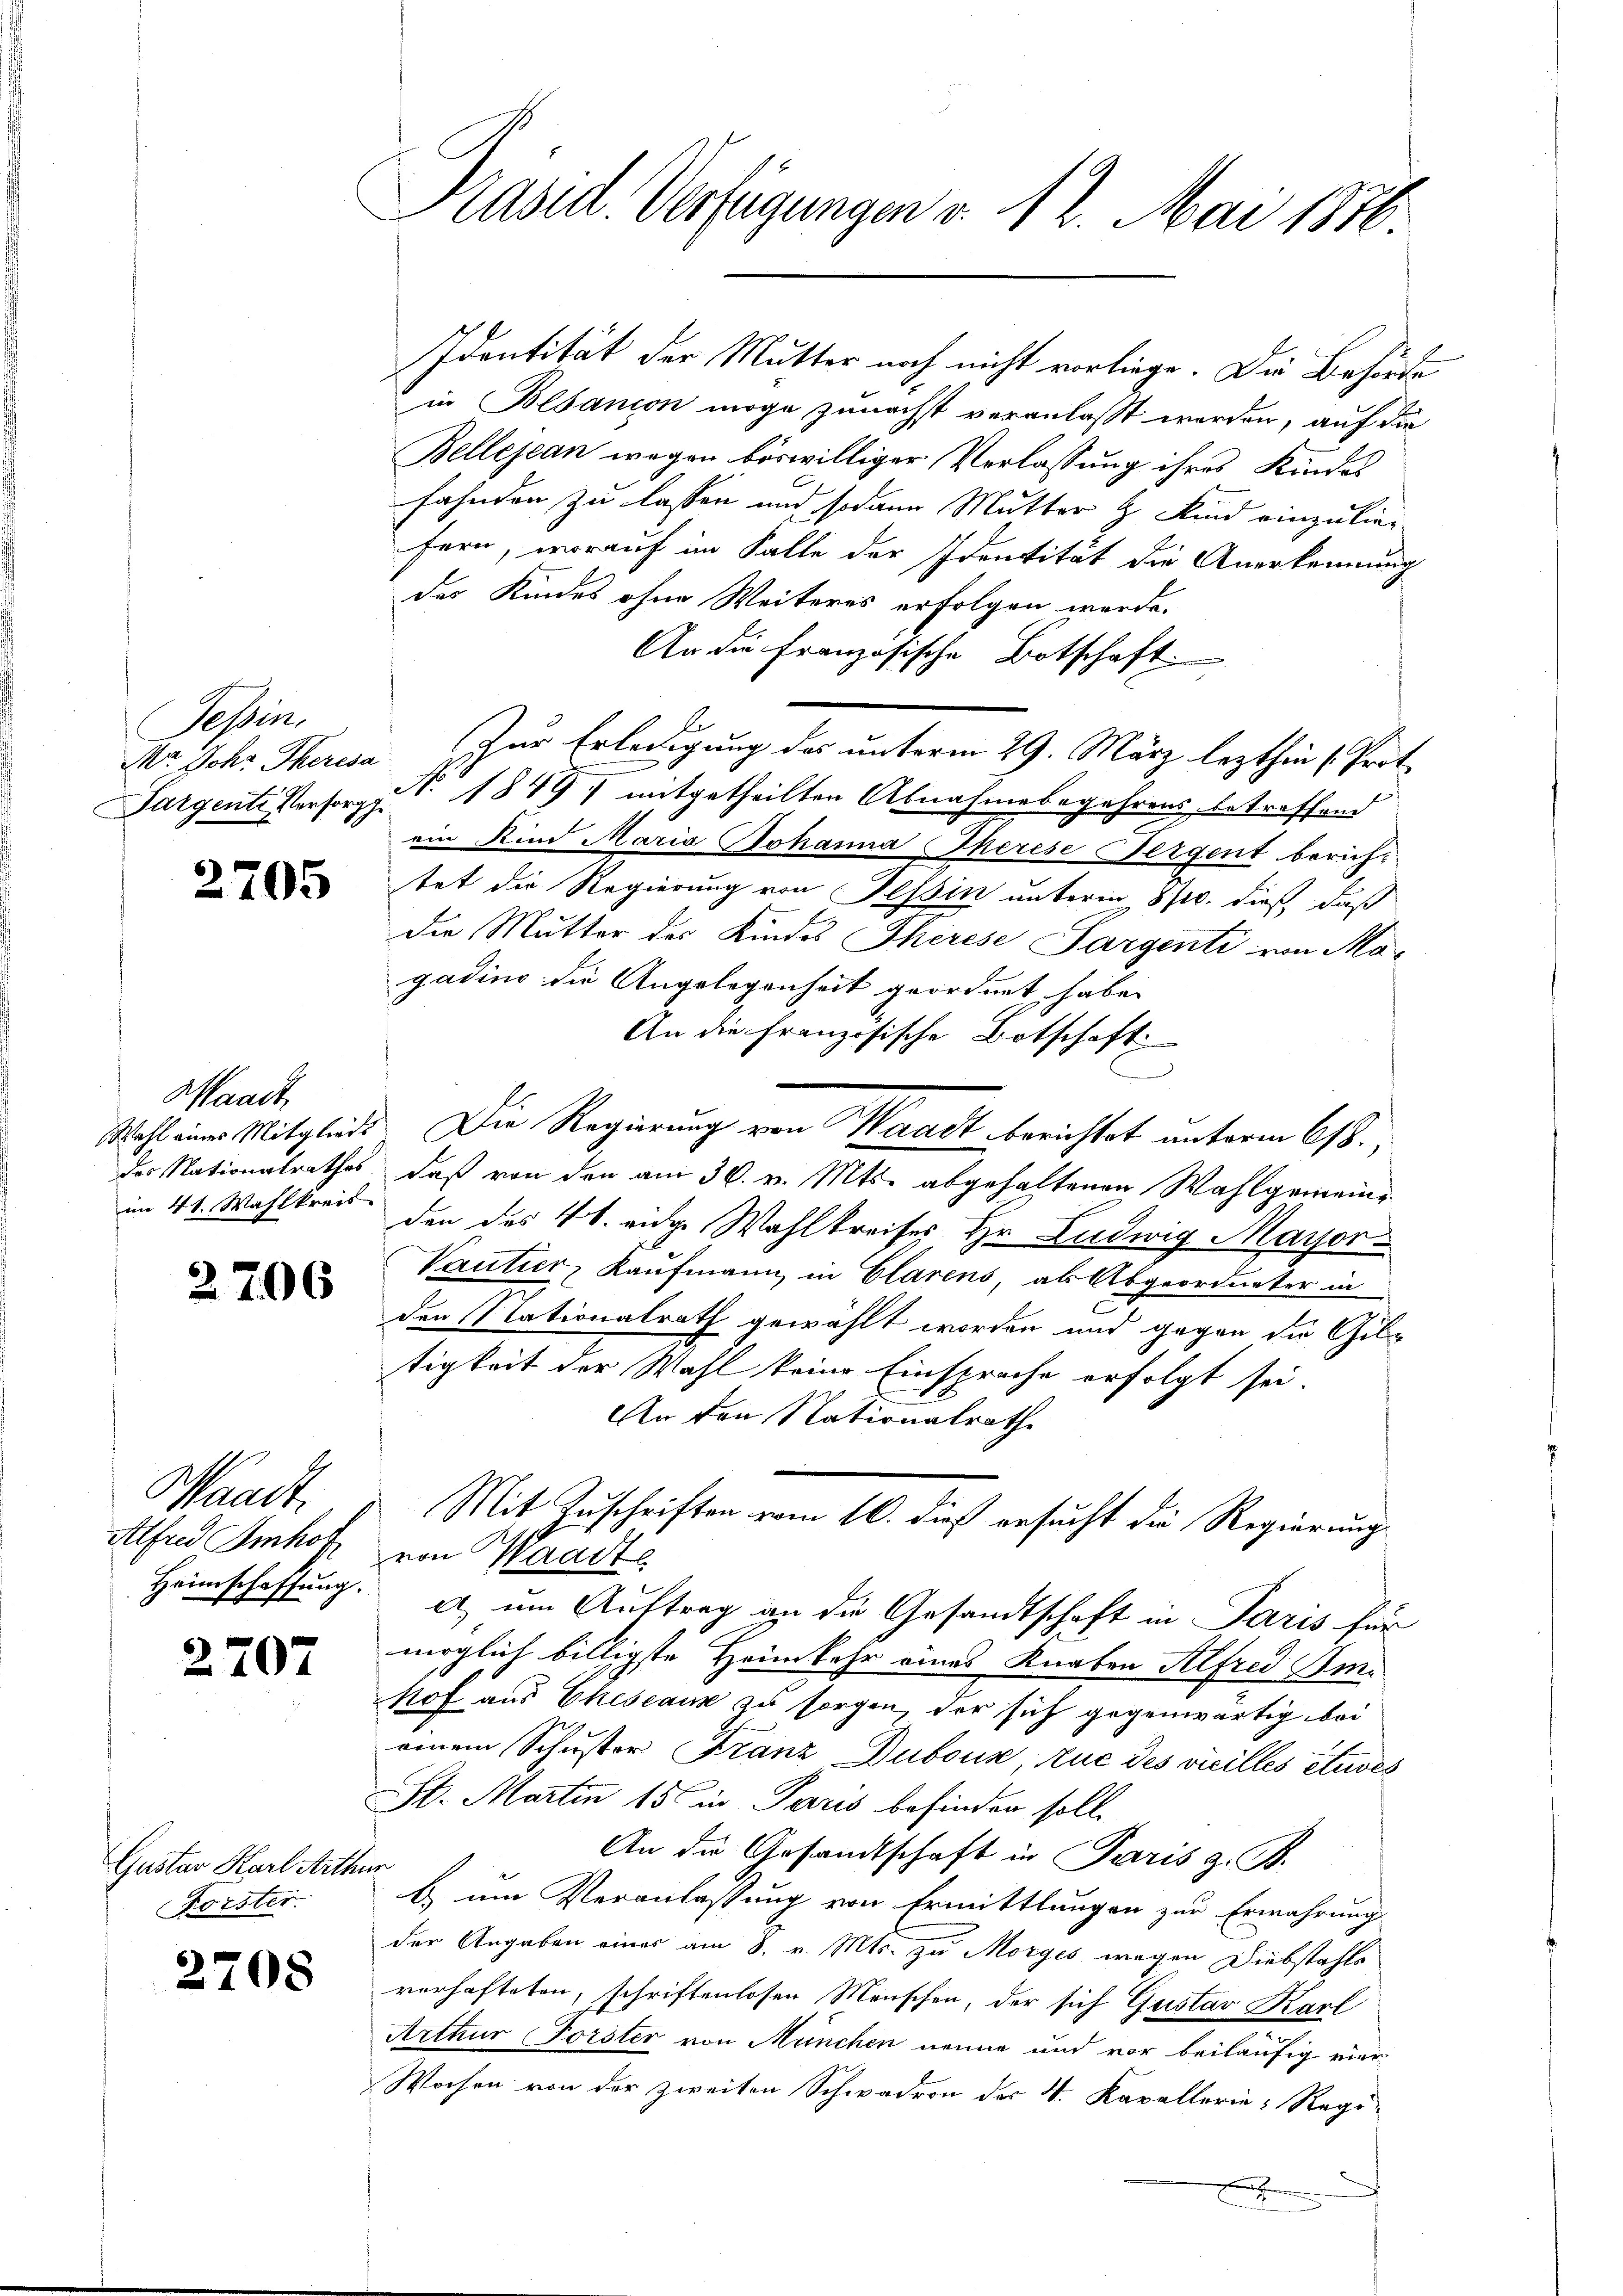
Tessin.

2705

Waadt,
im 4 t. Wahlkreis

2206

Waadt.
Alfred Imhof
Heimschaffung.

2707

Gustav Karl Arth.
Forster.

2708

Präsid. Verfügungen v. 12. Mai 1876.

Identität der Mutter noch nicht vorliege. Die Behörde
in Bolsanion möge zunächst veranlasst werden, auf die
Bellejean wegen böswilliger Verlassung ihres Kindes
fahnden zu lassen und sodann Mutter & Kind einzuliefern, worauf im Falle der Identität die Anerkennung
des Kindes ohne Weiteres erfolgen werde.
An die Französische Botschaft.
Nr Joh. Theresa zur Erledigung des unterm 29. März lezthin 1. Prot
Pargente Versorg S. 1849 mitgetheilten Abnahmebegehrens betreffend
ein Kind Maria Johanna Therese Bergent berich-
tet die Regierung von Tessin unterm 870. dieß, daß
E
die Mutter des Kindes Therese Pargenti von Magadino die Angelegenheit geordnet habe.
An die französische Botschaft
e
Wahl einer Mitgleids. Die Regierung von Waadt berichtet unterm 618.,
des Nationalrathes, daß von den am 30. v. Mts. abgehaltenen Wahlgemeinden des 4 t. eidge Wahlkreises Hr. Ludwig Mayor¬
Vautier, Kaufmann in Clarens, als Abgeordneter in
den Nationalrath gewählt worden und gegen die Geltigkeit der Wahl keine Einsprache erfolgt sei.
An den Nationalrathe
Mit Zuschriften vom 16. dieß ersucht die Regierung
von Waadte
a um Auftrag an die Gesandtschaft in Paris für
möglich billigste Heimkehr eines Knaben Alfred Im¬
Nof aus Eheseau zu sorgen, der sich gegenwärtig bei
einem Schuster Franz Dubour zue des vicilles etwes
St. Martin 156 in Paris befinden soll.
An die Gesandtschaft in Paris z. B.
a
b um Veranlassung von Ermittlungen zur Erwahrung
der Angaben eines am 8. v. Mts. zu Morges wegen Diebstahle
verhafteten, schriftenlosen Menschen, der sich Gustav Karl
Arthur Forster von München nenne und vor beiläufig vier
Wochen von der zweiten Schwadron des 4. Kavallerie Regi-
x